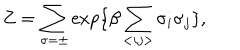
LaTeX: Z = \sum _ { \sigma = \pm } \exp \{ \beta \sum _ { < i j > } \sigma _ { i } \sigma _ { j } \} ,